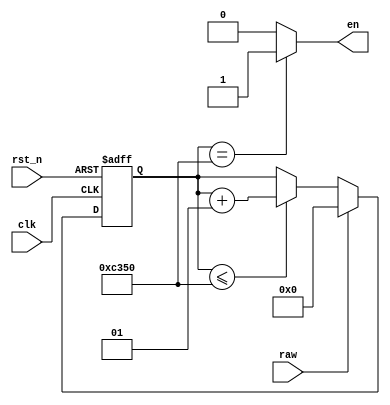
`timescale 1ns / 1ps
//////////////////////////////////////////////////////////////////////////////////
// Company: 
// Engineer: 
// 
// Design Name: 
// Module Name: fitter
// Project Name: 
// Target Devices: 
// Tool Versions: 
// Description: 
// 
// Dependencies: 
// 
// Revision:
// Revision 0.01 - File Created
// Additional Comments:
// 
//////////////////////////////////////////////////////////////////////////////////


module no_fitter(
	input raw, rst_n, clk,
	output reg en 
);
localparam milli = 50000000 / 1000;
integer cnt;
always@(posedge clk or negedge rst_n)
begin
	if(~rst_n)
		cnt <= 0;
	else if(raw)
		cnt <= 0;
	else if(cnt <= milli)
		cnt <= cnt + 1;
end
always@(*)
begin
	if(cnt == milli)
		en <= 1;
	else
		en <= 0;
end
endmodule